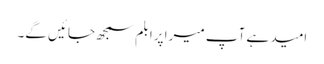
امید ہے آپ میرا پرابلم سمجھ جائیں گے۔